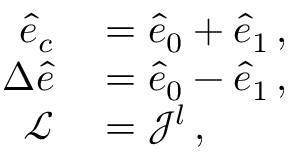
\begin{array} { r l } { \hat { e } _ { c } } & { { } = \hat { e } _ { 0 } + \hat { e } _ { 1 } \, , } \\ { \Delta \hat { e } } & { { } = \hat { e } _ { 0 } - \hat { e } _ { 1 } \, , } \\ { \mathcal { L } } & { { } = \mathcal { J } ^ { l } \, , } \end{array}